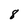
Character: 8